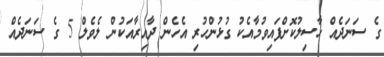
ގެ ސަނަދެއް ހާސިލުކޮށްފައިވުމާއެކު ގުޅުންހުރި އެހެން ދާއިރާއަކުން ލެވެލް 5 ގެ ސަނަދެއް